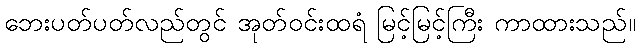
ဘေးပတ်ပတ်လည်တွင် အုတ်ဝင်းထရံ မြင့်မြင့်ကြီး ကာထားသည်။